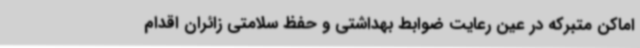
اماکن متبرکه در عین رعایت ضوابط بهداشتی و حفظ سلامتی زائران اقدام